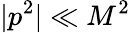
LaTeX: |p^{2}|\ll M^{2}